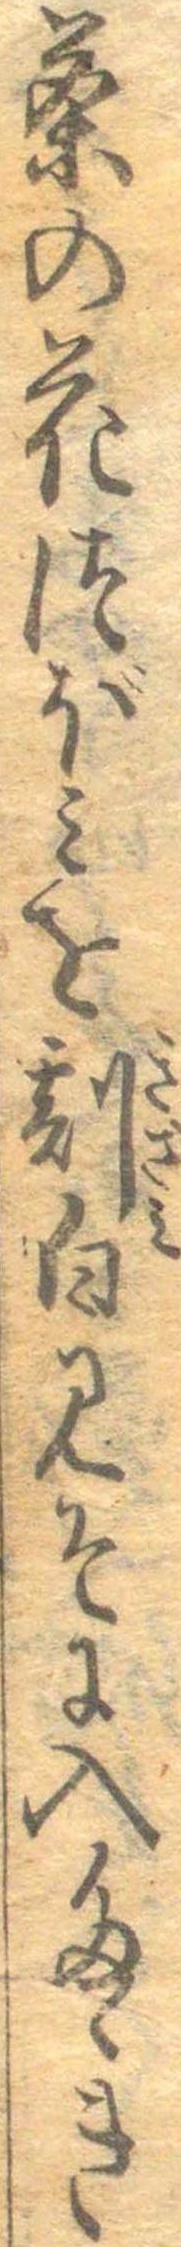
茶の花つぼみを刻白みそに入たゝき